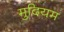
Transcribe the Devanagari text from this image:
मुदियम